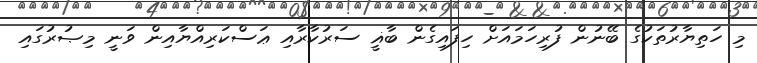
މި ހަތިޔާރުތަކުގެ ބޭނުން ފުރިހަމައަށް ހިފައިގެން ބާޣީ ސަރުކާރާއި ޢަސްކަރިއްޔާއިން ވަނީ މިޞުރުގައި